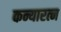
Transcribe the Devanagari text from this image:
कन्यारत्न